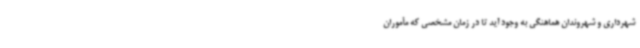
شهرداری و شهروندان هماهنگی به وجود آید تا در زمان مشخصی که مأموران